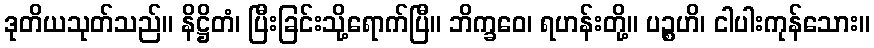
ဒုတိယသုတ်သည်။ နိဋ္ဌိတံ၊ ပြီးခြင်းသို့ရောက်ပြီ။ ဘိက္ခဝေ၊ ရဟန်းတို့။ ပဉ္စဟိ၊ ငါပါးကုန်သေား။